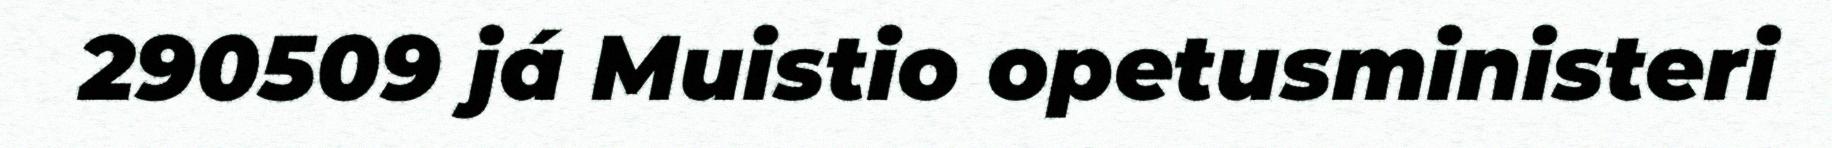
290509 já Muistio opetusministeri